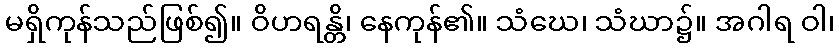
မရှိကုန်သည်ဖြစ်၍။ ဝိဟရန္တိ၊ နေကုန်၏။ သံဃေ၊ သံဃာ၌။ အဂါရ ဝါ၊